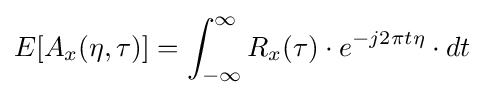
E[A_{x}(\eta ,\tau )]=\int _{-\infty }^{\infty }R_{x}(\tau )\cdot e^{-j2\pi t\eta }\cdot dt